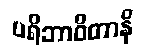
ပရိဘာဝိတာနိ